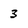
Character: 3